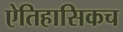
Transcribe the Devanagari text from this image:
ऐतिहासिकच